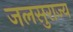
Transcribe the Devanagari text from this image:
जलसुराज्य